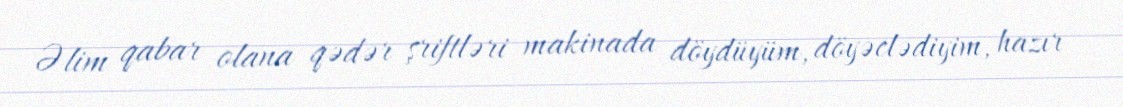
Əlim qabar olana qədər şriftləri makinada döydüyüm, döyəclədiyim, hazır